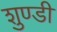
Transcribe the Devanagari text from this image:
शुण्डी